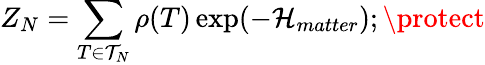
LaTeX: Z_{N}=\sum_{T\in{\cal{T}}_{N}}\rho(T)\exp(-{\cal{H}}_{matter});\protect